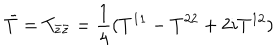
\bar { T } = T _ { \bar { z } \bar { z } } = \frac { 1 } { 4 } ( T ^ { 1 1 } - T ^ { 2 2 } + 2 i T ^ { 1 2 } )